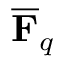
{ \overline { { \mathbf { F } } } } _ { q }